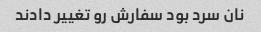
نان سرد بود سفارش رو تغییر دادند